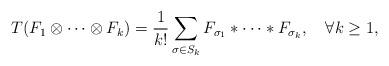
LaTeX: \begin{align*}T(F_1\otimes\cdots\otimes F_k)={1\over k!}\sum_{\sigma\in S_k}F_{\sigma_1}\ast\cdots\ast F_{\sigma_k},\quad \forall k\geq 1,\end{align*}